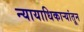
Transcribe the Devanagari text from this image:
न्यायाधिकाऱ्यांतून